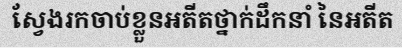
ស្វែងរកចាប់ខ្លួនអតីតថ្នាក់ដឹកនាំ នៃអតីត